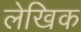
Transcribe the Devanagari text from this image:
लेखिक